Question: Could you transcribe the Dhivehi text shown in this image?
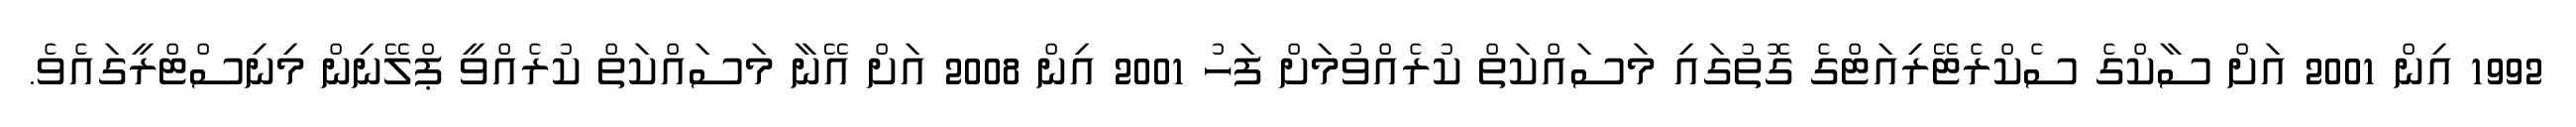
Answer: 1992 އިން 2001 އަށް ސާކްގެ ސެކްރެޓޭރިއަޓްގެ ގޮތުގައި މަސައްކަތް ކުރެއްވުމަށް ފަހު 2001 އިން 2008 އަށް އޭނާ މަސައްކަތް ކުރެއްވީ ޕްލޭނިން މިނިސްޓްރީގައެވެ.